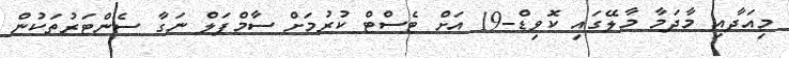
މިއަދާއި މާދަމާ މާލޭގައި ކޮވިޑް-19 އަށް ޓެސްޓް ކުރުމަށް ސާމްޕަލް ނަގާ ސެންޓަރުތަކުން